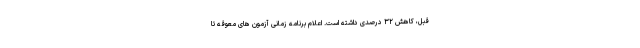
قبل، کاهش ۳۲ درصدی داشته است. اعلام برنامه زمانی آزمون های معوقه تا